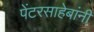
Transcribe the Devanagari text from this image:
पेंटरसाहेबांनी